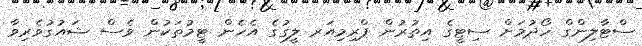
ސްޓާލިންގް ހޯދުމަށް ސިޓީގެ އިތުރުން ޕްރިމިއަރ ލީގުގެ އެހެން ޓީމުތަކުން ވެސް ޝައުގުވެރިވާ